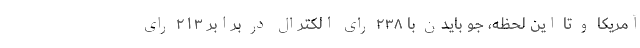
آمریکا و تا این لحظه، جو بایدن با ۲۳۸ رای الکترال در برابر ۲۱۳ رای